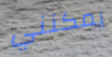
يمكنني